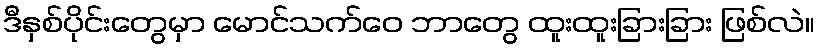
ဒီနှစ်ပိုင်းတွေမှာ မောင်သက်ဝေ ဘာတွေ ထူးထူးခြားခြား ဖြစ်လဲ။